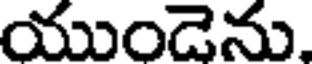
యుండెను.